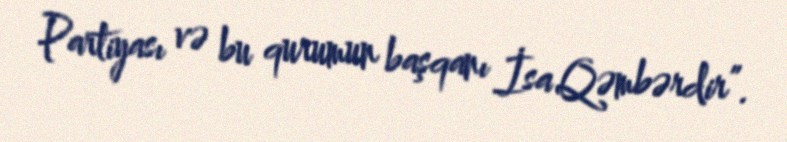
Partiyası və bu qurumun başqanı İsa Qəmbərdir”.